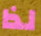
لذا